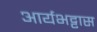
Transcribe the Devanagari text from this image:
आर्यभट्टास